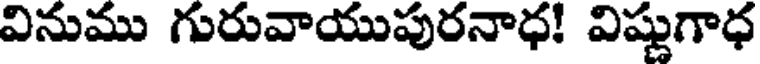
వినుము గురువాయుపురనాధ! విష్ణుగాధ